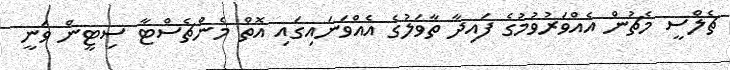
ޗެލްސީ މެޗުން އެއްވަރުވުމުގެ ފައިދާ ތާވަލުގެ އެއްވަނައިގައި އޮތް މެންޗެސްޓާ ސިޓީން ވަނީ